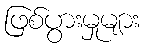
ဖြစ်ပွားမှုများ